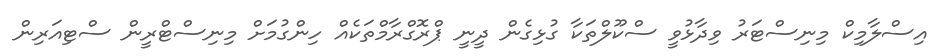
އިސްލާމިކް މިނިސްޓަރު ވިދާޅުވީ ސްކޫލްތަކާ ގުޅިގެން ދީނީ ޕްރޮގްރާމްތަކެއް ހިންގުމަށް މިނިސްޓްރީން ސްޓިއަރިން